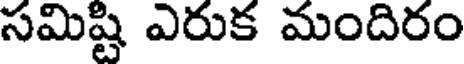
సమిష్టి ఎరుక మందిరం